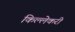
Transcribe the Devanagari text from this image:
किल्लेकरी